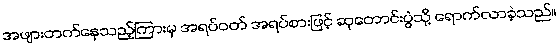
အဖျားတက်နေသည့်ကြားမှ အရပ်ဝတ် အရပ်စားဖြင့် ဆုတောင်းပွဲသို့ ရောက်လာခဲ့သည်။